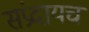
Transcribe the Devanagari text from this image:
संप्रदायच